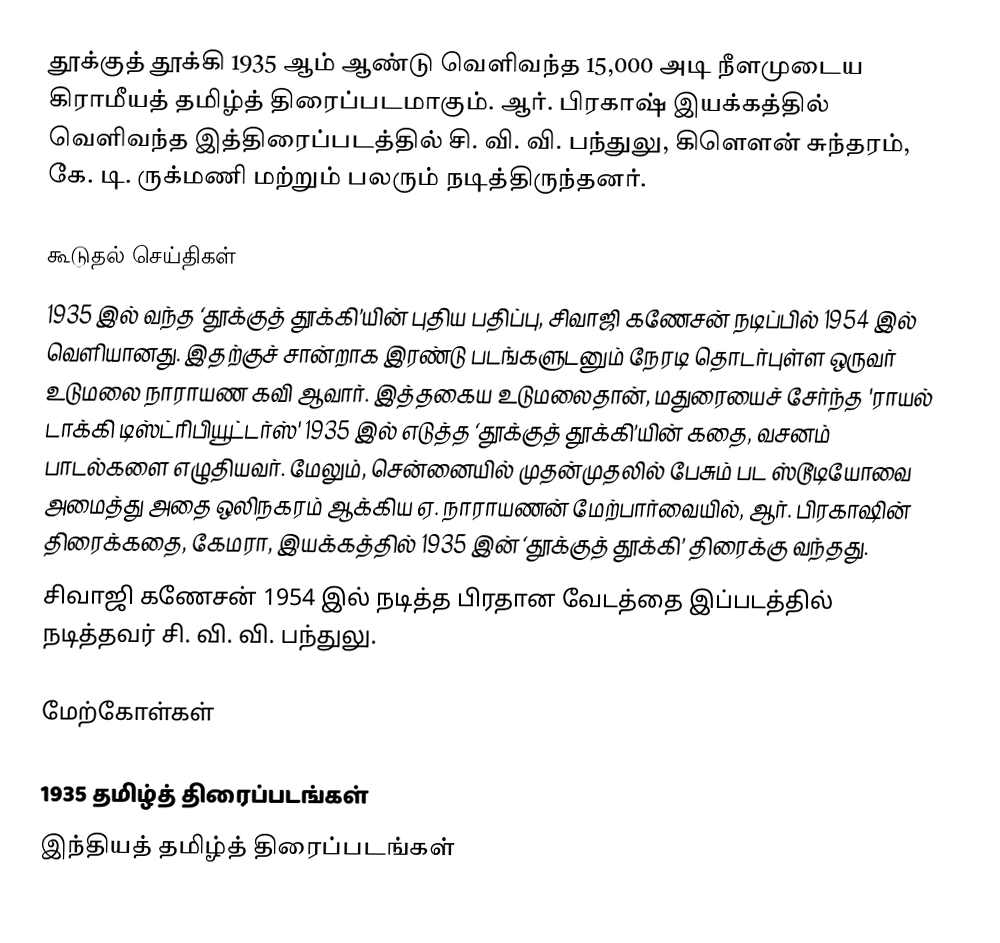
தூக்குத் தூக்கி 1935 ஆம் ஆண்டு வெளிவந்த 15,000 அடி நீளமுடைய கிராமீயத் தமிழ்த் திரைப்படமாகும். ஆர். பிரகாஷ் இயக்கத்தில் வெளிவந்த இத்திரைப்படத்தில் சி. வி. வி. பந்துலு, கிளௌன் சுந்தரம், கே. டி. ருக்மணி மற்றும் பலரும் நடித்திருந்தனர்.

கூடுதல் செய்திகள்
1935 இல் வந்த ‘தூக்குத் தூக்கி’யின் புதிய பதிப்பு, சிவாஜி கணேசன் நடிப்பில் 1954 இல் வெளியானது. இதற்குச் சான்றாக இரண்டு படங்களுடனும் நேரடி தொடர்புள்ள ஒருவர் உடுமலை நாராயண கவி ஆவார். இத்தகைய உடுமலைதான், மதுரையைச் சேர்ந்த 'ராயல் டாக்கி டிஸ்ட்ரிபியூட்டர்ஸ்' 1935 இல் எடுத்த ‘தூக்குத் தூக்கி’யின்  கதை, வசனம் பாடல்களை எழுதியவர். மேலும், சென்னையில் முதன்முதலில் பேசும் பட ஸ்டூடியோவை அமைத்து அதை ஒலிநகரம் ஆக்கிய ஏ. நாராயணன் மேற்பார்வையில், ஆர். பிரகாஷின்  திரைக்கதை, கேமரா, இயக்கத்தில் 1935 இன் ‘தூக்குத் தூக்கி’ திரைக்கு வந்தது.
சிவாஜி கணேசன் 1954 இல் நடித்த பிரதான வேடத்தை இப்படத்தில் நடித்தவர் சி. வி. வி. பந்துலு.

மேற்கோள்கள்

1935 தமிழ்த் திரைப்படங்கள்
இந்தியத் தமிழ்த் திரைப்படங்கள்